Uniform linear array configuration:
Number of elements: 8
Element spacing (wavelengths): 0.5
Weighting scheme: blackman
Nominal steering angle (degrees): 45
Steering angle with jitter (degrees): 43.439
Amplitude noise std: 0.05
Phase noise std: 0.05

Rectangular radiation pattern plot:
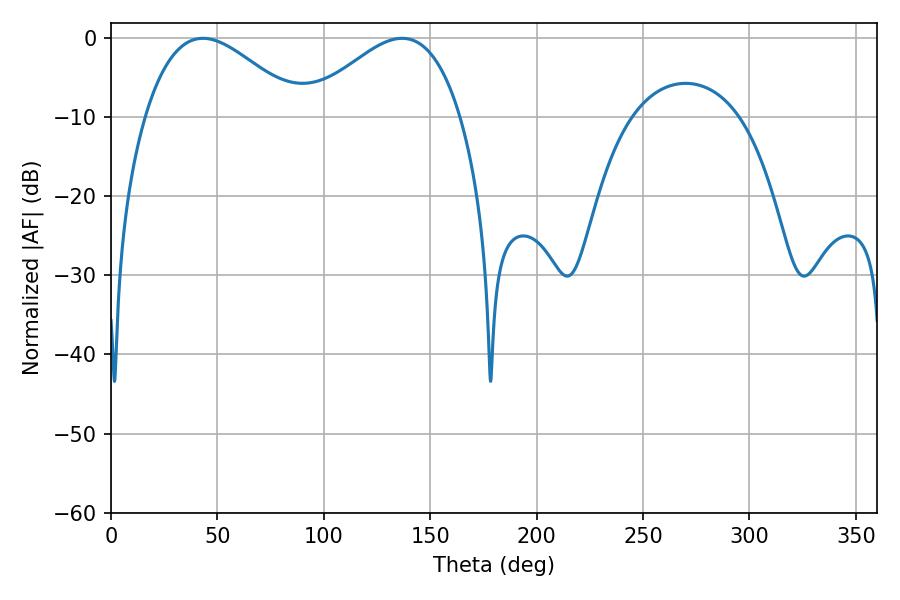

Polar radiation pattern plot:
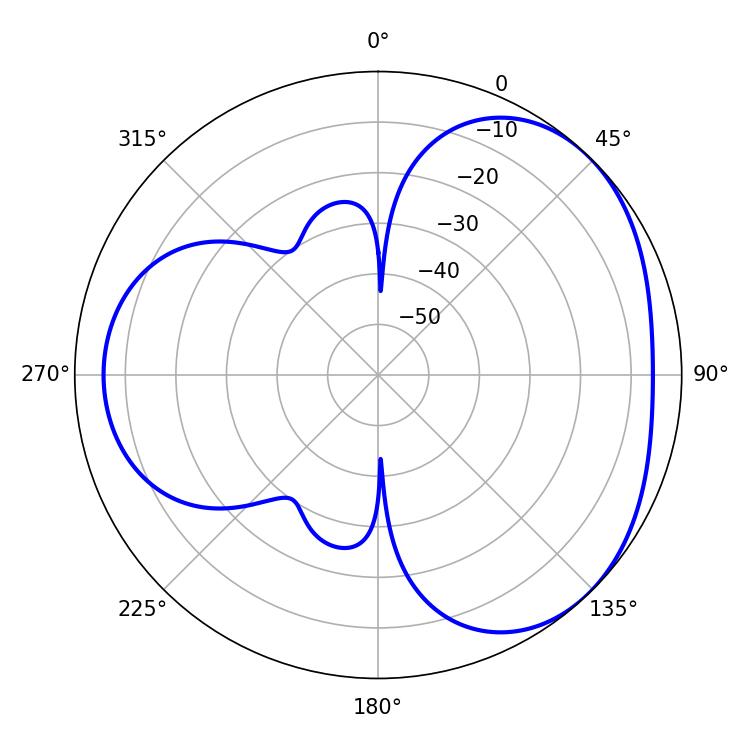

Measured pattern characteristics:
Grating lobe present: FALSE
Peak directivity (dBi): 3.483
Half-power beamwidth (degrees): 39.24
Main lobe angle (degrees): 43.2